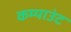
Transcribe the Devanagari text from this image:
कम्पाउंट